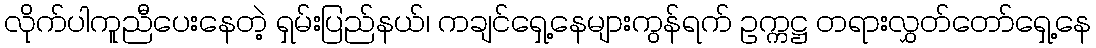
လိုက်ပါကူညီပေးနေတဲ့ ရှမ်းပြည်နယ်၊ ကချင်ရှေ့နေများကွန်ရက် ဥက္ကဋ္ဌ တရားလွှတ်တော်ရှေ့နေ